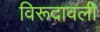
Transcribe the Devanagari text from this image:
विरूदावली